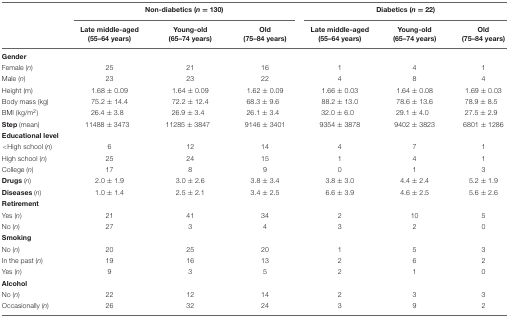
<table><thead><tr><td></td><td colspan="3"><b>Non-diabetics (<i>n</i> = 130)</b></td><td colspan="3"><b>Diabetics (<i>n</i> = 22)</b></td></tr><tr><td></td><td><b>Late middle-aged (55–64 years)</b></td><td><b>Young-old (65–74 years)</b></td><td><b>Old (75–84 years)</b></td><td><b>Late middle-aged (55–64 years)</b></td><td><b>Young-old (65–74 years)</b></td><td><b>Old (75–84 years)</b></td></tr></thead><tbody><tr><td><b>Gender</b></td><td></td><td></td><td></td><td></td><td></td><td></td></tr><tr><td>Female (<i>n</i>)</td><td>25</td><td>21</td><td>16</td><td>1</td><td>4</td><td>1</td></tr><tr><td>Male (<i>n</i>)</td><td>23</td><td>23</td><td>22</td><td>4</td><td>8</td><td>4</td></tr><tr><td>Height (m)</td><td>1.68 ± 0.09</td><td>1.64 ± 0.09</td><td>1.62 ± 0.09</td><td>1.66 ± 0.03</td><td>1.64 ± 0.08</td><td>1.69 ± 0.03</td></tr><tr><td>Body mass (kg)</td><td>75.2 ± 14.4</td><td>72.2 ± 12.4</td><td>68.3 ± 9.6</td><td>88.2 ± 13.0</td><td>78.6 ± 13.6</td><td>78.9 ± 8.5</td></tr><tr><td>BMI (kg/m<sup>2</sup>)</td><td>26.4 ± 3.8</td><td>26.9 ± 3.4</td><td>26.1 ± 3.4</td><td>32.0 ± 6.0</td><td>29.1 ± 4.0</td><td>27.5 ± 2.9</td></tr><tr><td><b>Step</b> (mean)</td><td>11488 ± 3473</td><td>11285 ± 3847</td><td>9146 ± 3401</td><td>9354 ± 3878</td><td>9402 ± 3823</td><td>6801 ± 1286</td></tr><tr><td><b>Educational level</b></td><td></td><td></td><td></td><td></td><td></td><td></td></tr><tr><td>&lt;High school (<i>n</i>)</td><td>6</td><td>12</td><td>14</td><td>4</td><td>7</td><td>1</td></tr><tr><td>High school (<i>n</i>)</td><td>25</td><td>24</td><td>15</td><td>1</td><td>4</td><td>1</td></tr><tr><td>College (<i>n</i>)</td><td>17</td><td>8</td><td>9</td><td>0</td><td>1</td><td>3</td></tr><tr><td><b>Drugs</b> (<i>n</i>)</td><td>2.0 ± 1.9</td><td>3.0 ± 2.6</td><td>3.8 ± 3.4</td><td>3.8 ± 3.0</td><td>4.4 ± 2.4</td><td>5.2 ± 1.9</td></tr><tr><td><b>Diseases</b> (<i>n</i>)</td><td>1.0 ± 1.4</td><td>2.5 ± 2.1</td><td>3.4 ± 2.5</td><td>6.6 ± 3.9</td><td>4.6 ± 2.5</td><td>5.6 ± 2.6</td></tr><tr><td><b>Retirement</b></td><td></td><td></td><td></td><td></td><td></td><td></td></tr><tr><td>Yes (<i>n</i>)</td><td>21</td><td>41</td><td>34</td><td>2</td><td>10</td><td>5</td></tr><tr><td>No (<i>n</i>)</td><td>27</td><td>3</td><td>4</td><td>3</td><td>2</td><td>0</td></tr><tr><td><b>Smoking</b></td><td></td><td></td><td></td><td></td><td></td><td></td></tr><tr><td>No (<i>n</i>)</td><td>20</td><td>25</td><td>20</td><td>1</td><td>5</td><td>3</td></tr><tr><td>In the past (<i>n</i>)</td><td>19</td><td>16</td><td>13</td><td>2</td><td>6</td><td>2</td></tr><tr><td>Yes (<i>n</i>)</td><td>9</td><td>3</td><td>5</td><td>2</td><td>1</td><td>0</td></tr><tr><td><b>Alcohol</b></td><td></td><td></td><td></td><td></td><td></td><td></td></tr><tr><td>No (<i>n</i>)</td><td>22</td><td>12</td><td>14</td><td>2</td><td>3</td><td>3</td></tr><tr><td>Occasionally (<i>n</i>)</td><td>26</td><td>32</td><td>24</td><td>3</td><td>9</td><td>2</td></tr></tbody></table>